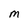
Character: M